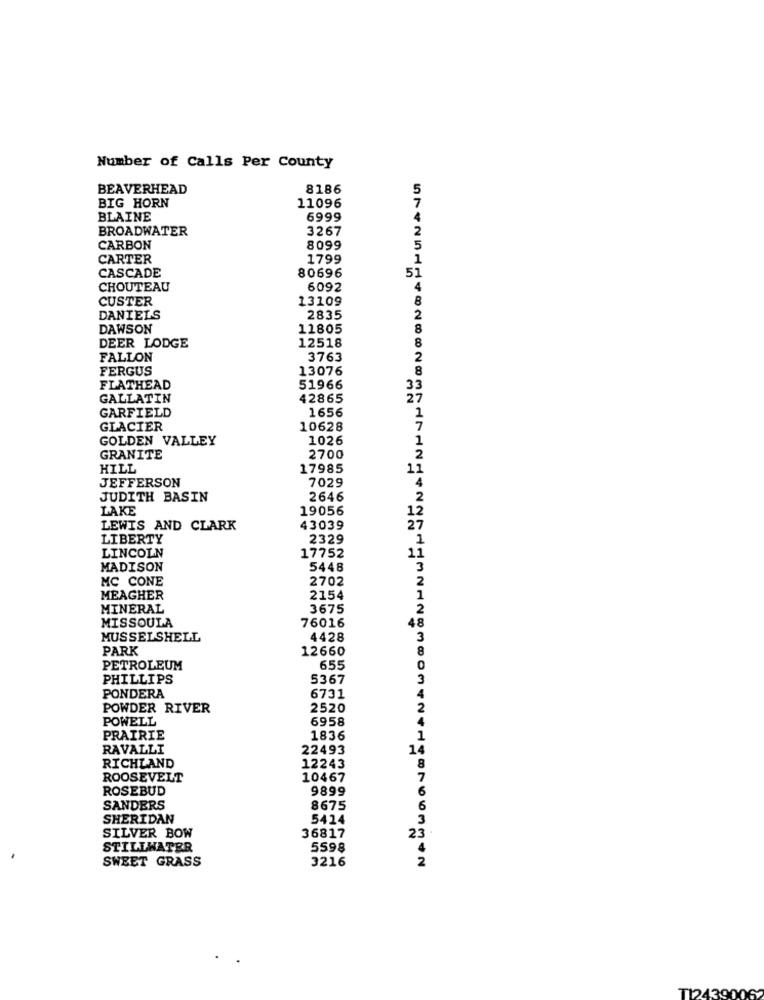
Number of Calls Per County
BEAVERHEAD
8186
BIG HORN
11096
BLAINE
6999
BROADWATER
3267
CARBON
8099
CARTER
1799
1
CASCADE
80696
51
CHOUTEAU
6092
4
CUSTER
13109
8
DANIELS
2835
DAWSON
11805
8
DEER LODGE
12518
FALLON
3763
2
FERGUS
13076
8
FLATHEAD
51966
33
GALLATIN
42865
27
GARFIELD
2
1656
GLACIER
10628
GOLDEN VALLEY
1026
GRANITE
2700
HILL
17985
11
JEFFERSON
7029
4
JUDITH BASIN
2646
2
LAKE
19056
12
LEWIS AND CLARK
43039
27
LIBERTY
2329
1
LINCOLN
17752
11
MADISON
5448
3
MC CONE
2702
2
MEAGHER
2154
1
MINERAL
3675
2
MISSOULA
76016
48
MUSSELSHELL
4428
3
PARK
12660
8
PETROLEUM
655
0
PHILLIPS
5367
3
4
PONDERA
6731
POWDER RIVER
2520
2
POWELL
6958
4
PRAIRIE
1836
1
RAVALLI
22493
14
RICHLAND
12243
8
ROOSEVELT
10467
7
ROSEBUD
9899
6
SANDERS
8675
6
SHERIDAN
5414
3
SILVER BOW
36817
23
STILLWATER
5598
SWEET GRASS
3216
T124390062